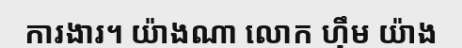
ការងារ។ យ៉ាងណា លោក ហ៊ឹម យ៉ាង